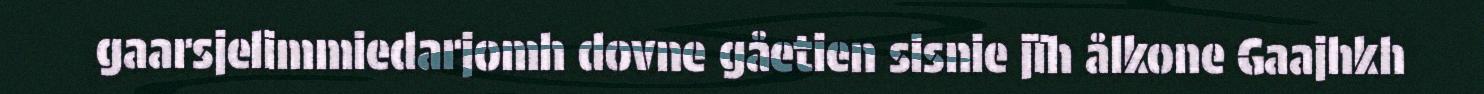
gaarsjelimmiedarjomh dovne gåetien sisnie jïh ålkone Gaajhkh